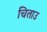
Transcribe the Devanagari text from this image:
चिताउ